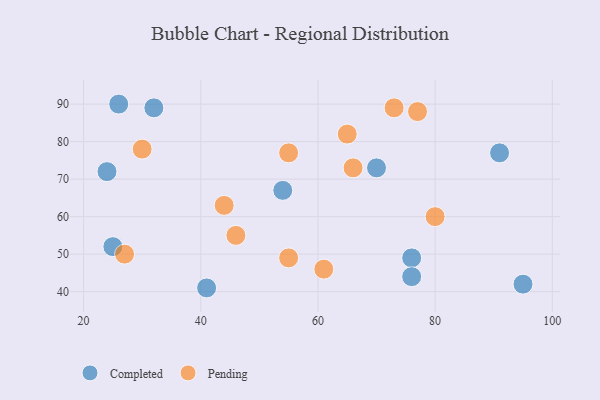
{"axis": {"x": "GDP", "y": "Life Expectancy"}, "legend": ["Completed", "Pending"], "data": [{"x": "26", "y": 90, "type": "Completed"}, {"x": "32", "y": 89, "type": "Completed"}, {"x": "25", "y": 52, "type": "Completed"}, {"x": "76", "y": 49, "type": "Completed"}, {"x": "91", "y": 77, "type": "Completed"}, {"x": "70", "y": 73, "type": "Completed"}, {"x": "41", "y": 41, "type": "Completed"}, {"x": "76", "y": 44, "type": "Completed"}, {"x": "54", "y": 67, "type": "Completed"}, {"x": "95", "y": 42, "type": "Completed"}, {"x": "24", "y": 72, "type": "Completed"}, {"x": "61", "y": 46, "type": "Pending"}, {"x": "66", "y": 73, "type": "Pending"}, {"x": "30", "y": 78, "type": "Pending"}, {"x": "73", "y": 89, "type": "Pending"}, {"x": "55", "y": 77, "type": "Pending"}, {"x": "55", "y": 49, "type": "Pending"}, {"x": "46", "y": 55, "type": "Pending"}, {"x": "44", "y": 63, "type": "Pending"}, {"x": "77", "y": 88, "type": "Pending"}, {"x": "27", "y": 50, "type": "Pending"}, {"x": "80", "y": 60, "type": "Pending"}, {"x": "65", "y": 82, "type": "Pending"}]}